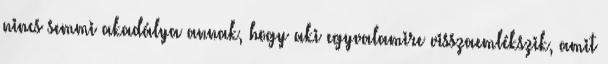
nincs semmi akadálya annak, hogy aki egyvalamire visszaemlékszik, amit